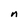
Character: n